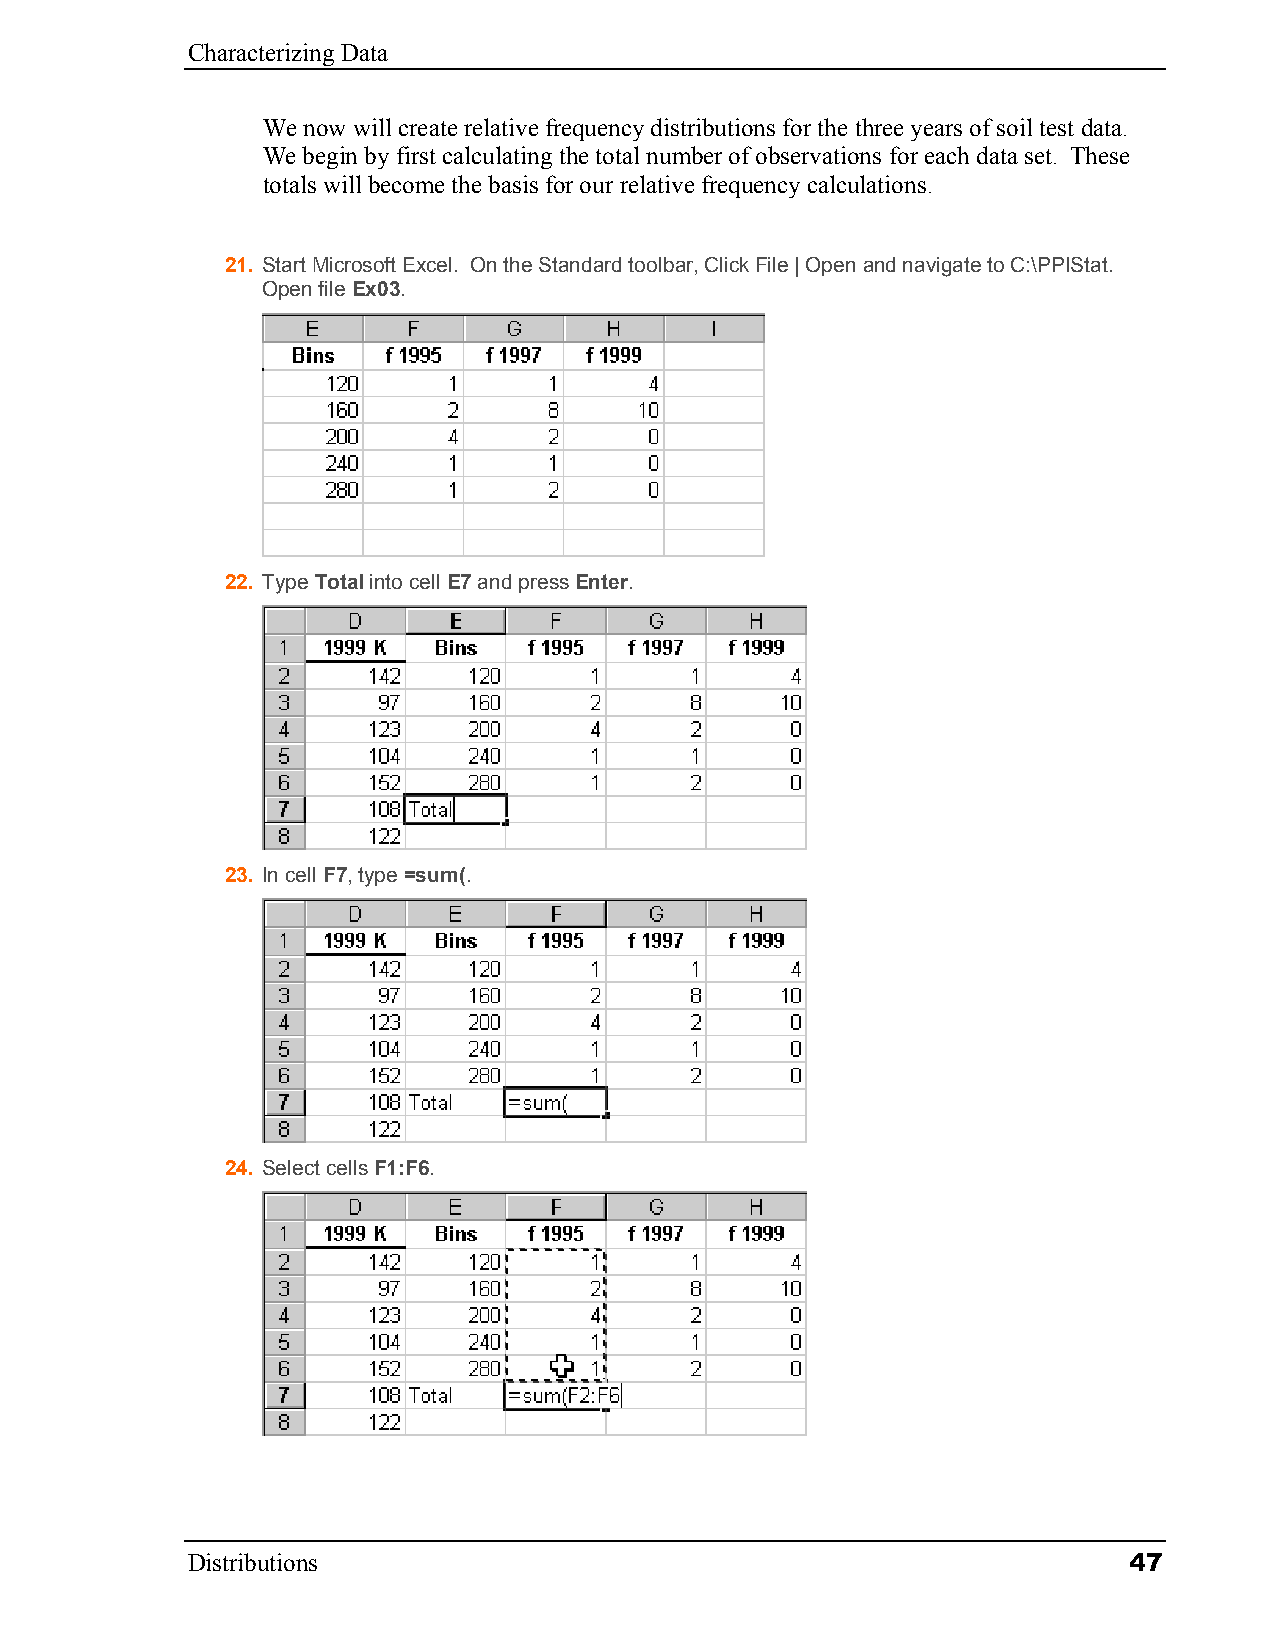
Characterizing Data
 We now will create relative frequency distributions for the three years of soil test data.
 We begin by first calculating the total number of observations for each data set. These
 totals will become the basis for our relative frequency calculations.
 21. Start Microsoft Excel. On the Standard toolbar, Click File | Open and navigate to C:\PPIStat.
 Open file Ex03.
 22. Type Total into cell E7 and press Enter.
 23. In cell F7, type =sum(.
 24. Select cells F1:F6.
 Distributions                                                  47